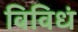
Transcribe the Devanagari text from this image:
विविधं